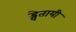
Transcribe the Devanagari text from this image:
ड्वेतायी